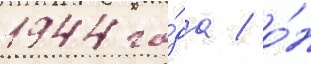
1944 го́да / о́н